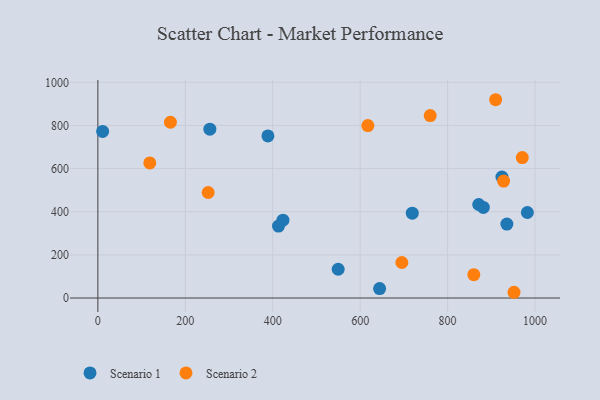
{"axis": {"x": "Study Hours", "y": "Demand"}, "legend": ["Scenario 1", "Scenario 2"], "data": [{"x": "644.5", "y": 43.7, "type": "Scenario 1"}, {"x": "924.3", "y": 560.8, "type": "Scenario 1"}, {"x": "871.2", "y": 433.7, "type": "Scenario 1"}, {"x": "10.9", "y": 772.3, "type": "Scenario 1"}, {"x": "549.7", "y": 133.4, "type": "Scenario 1"}, {"x": "719.2", "y": 393.2, "type": "Scenario 1"}, {"x": "982.5", "y": 396.4, "type": "Scenario 1"}, {"x": "389.0", "y": 751.5, "type": "Scenario 1"}, {"x": "935.6", "y": 342.9, "type": "Scenario 1"}, {"x": "423.4", "y": 360.8, "type": "Scenario 1"}, {"x": "881.8", "y": 419.9, "type": "Scenario 1"}, {"x": "413.2", "y": 333.7, "type": "Scenario 1"}, {"x": "256.2", "y": 782.8, "type": "Scenario 1"}, {"x": "252.3", "y": 489.3, "type": "Scenario 2"}, {"x": "166.0", "y": 814.8, "type": "Scenario 2"}, {"x": "928.1", "y": 542.1, "type": "Scenario 2"}, {"x": "118.8", "y": 626.5, "type": "Scenario 2"}, {"x": "617.6", "y": 799.3, "type": "Scenario 2"}, {"x": "760.2", "y": 846.0, "type": "Scenario 2"}, {"x": "951.9", "y": 26.7, "type": "Scenario 2"}, {"x": "860.0", "y": 108.5, "type": "Scenario 2"}, {"x": "909.9", "y": 919.3, "type": "Scenario 2"}, {"x": "970.9", "y": 651.3, "type": "Scenario 2"}, {"x": "695.4", "y": 164.7, "type": "Scenario 2"}]}